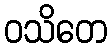
ဝသိတေ